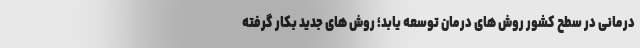
درمانی در سطح کشور روش های درمان توسعه یابد؛ روش های جدید بکار گرفته